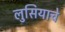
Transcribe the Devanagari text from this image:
लुसियाचे